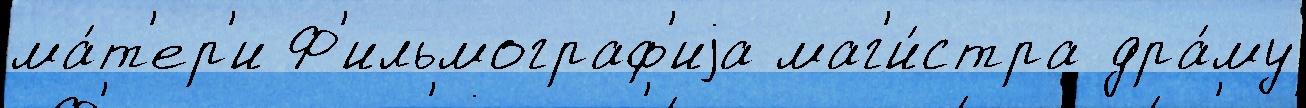
ма́т'ер'и Ф'ильмограф'иjа маг'и́стра дра́му